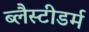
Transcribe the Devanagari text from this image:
ब्लैस्टीडर्म